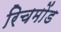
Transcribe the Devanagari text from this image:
रिचमोंड